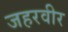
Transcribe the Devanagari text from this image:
जहरवीर